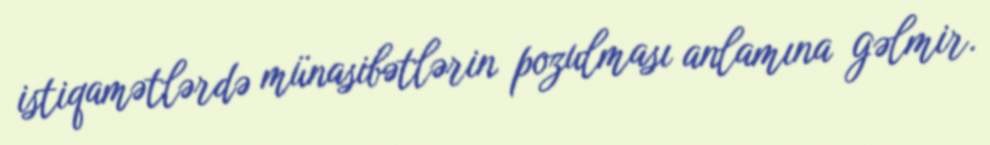
istiqamətlərdə münasibətlərin pozulması anlamına gəlmir.